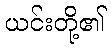
ယင်းတို့၏